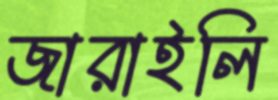
জারাইলি